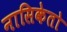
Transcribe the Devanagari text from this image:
नासिकेतो